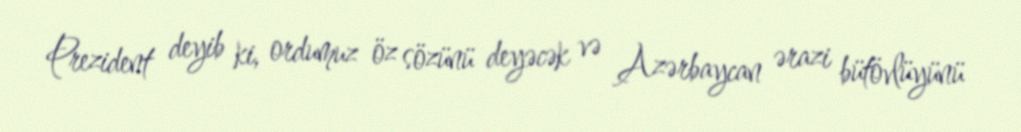
Prezident deyib ki, ordumuz öz sözünü deyəcək və Azərbaycan ərazi bütövlüyünü